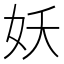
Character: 妖